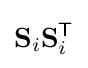
\mathbf {S} _{i}\mathbf {S} _{i}^{\textsf {T}}